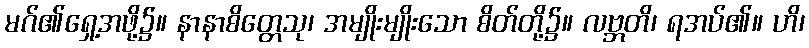
မဂ်၏ရှေ့အဖို့၌။ နာနာစိတ္တေသု၊ အမျိုးမျိုးသော စိတ်တို့၌။ လဗ္ဘတိ၊ ရအပ်၏။ ဟိ၊